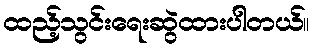
ထည့်သွင်းရေးဆွဲထားပါတယ်။